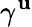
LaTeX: \gamma^{\mathbf{u}}